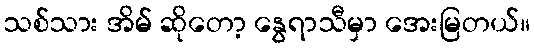
သစ်သား အိမ် ဆိုတော့ နွေရာသီမှာ အေးမြတယ်။